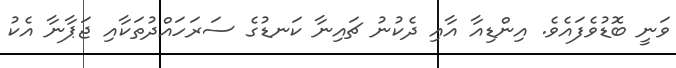
ވަނީ ބޮޑުވެފައެވެ. އިންޑިއާ އާއި ދެކުނު ޗައިނާ ކަނޑުގެ ސަރަހައްދުތަކާއި ޖަޕާނާ އެކު